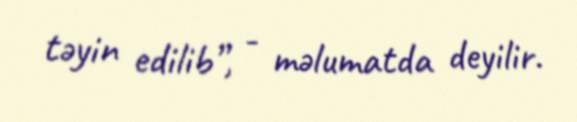
təyin edilib”, - məlumatda deyilir.